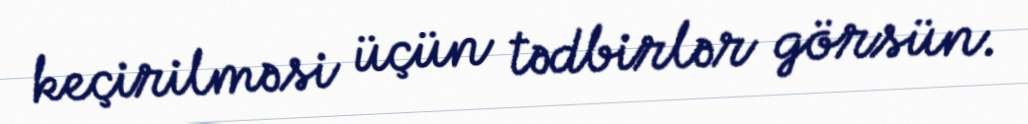
keçirilməsi üçün tədbirlər görsün.